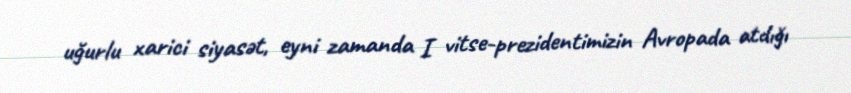
uğurlu xarici siyasət, eyni zamanda I vitse-prezidentimizin Avropada atdığı